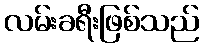
လမ်းခရီးဖြစ်သည်